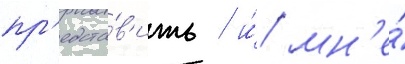
пр'едста́в'ить / и́ мн'е́